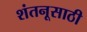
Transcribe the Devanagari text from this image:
शंतनूसाठी